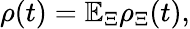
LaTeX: {\rho}(t)=\mathbb{E}_{\Xi}{\rho}_{\Xi}(t),